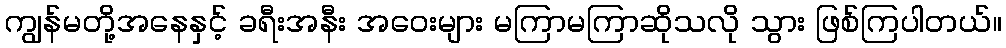
ကျွန်မတို့အနေနှင့် ခရီးအနီး အဝေးများ မကြာမကြာဆိုသလို သွား ဖြစ်ကြပါတယ်။